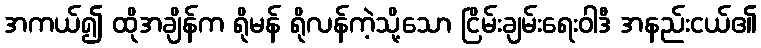
အကယ်၍ ထိုအချိန်က ရိုမန် ရိုလန်ကဲ့သို့သော ငြိမ်းချမ်းရေးဝါဒီ အနည်းငယ်၏